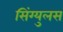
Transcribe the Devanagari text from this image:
सिंग्युलस